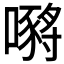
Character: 𡁷